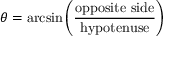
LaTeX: \theta = \arcsin \left( { \frac { \mathrm { o p p o s i t e ~ s i d e } } { \mathrm { h y p o t e n u s e } } } \right)